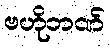
ဗဟိုဘဏ်